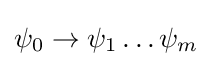
\psi _{0}\rightarrow \psi _{1}\ldots \psi _{m}